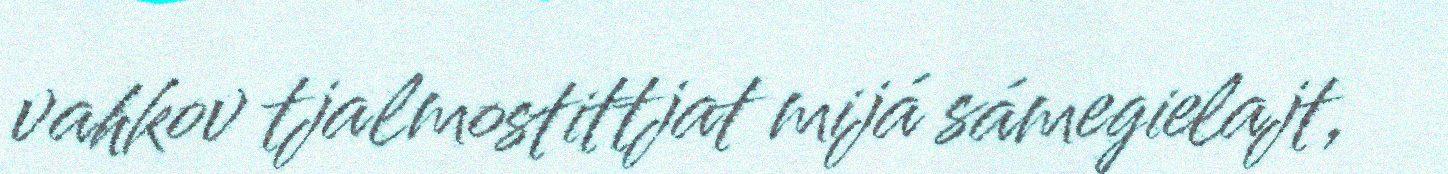
vahkov tjalmostittjat mijá sámegielajt,